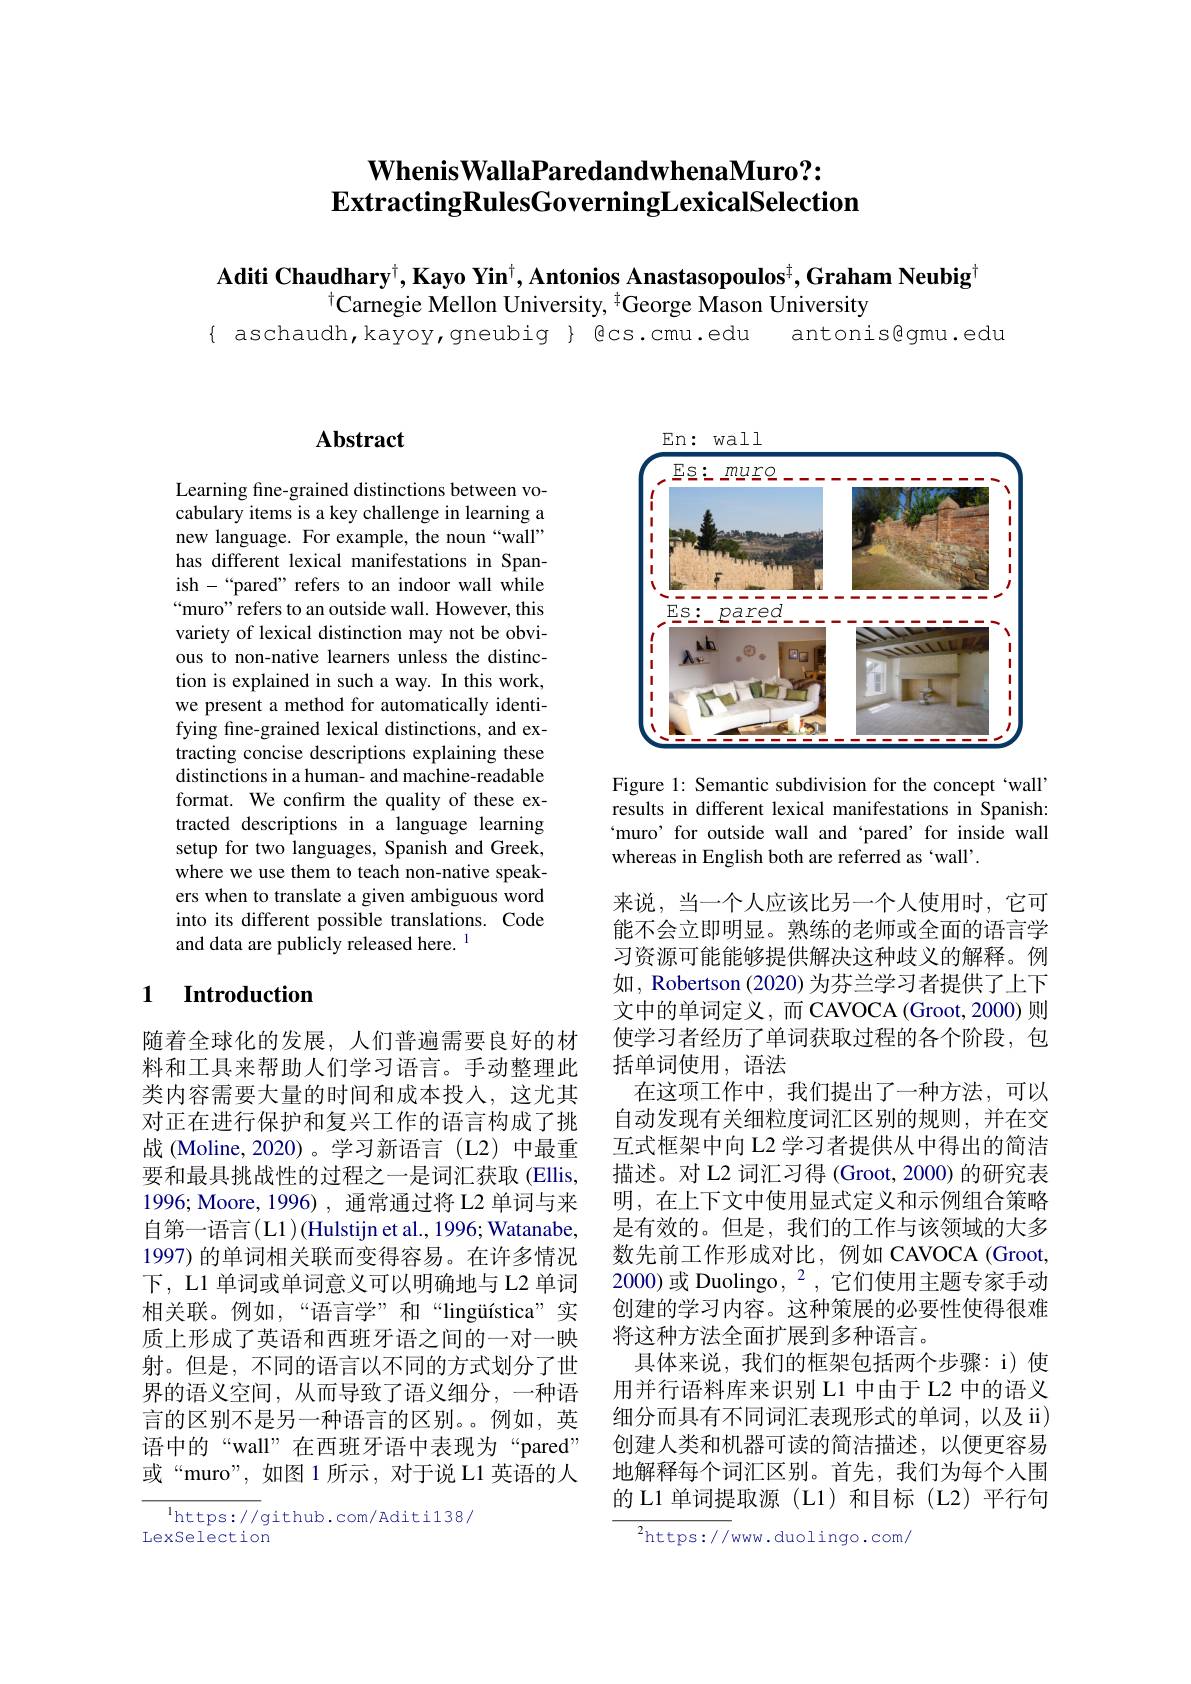
## $\mathbf{WhenisWallaParedandwhenaMuro?:}$ $\textbf{ExtractingRulesGoverningLexicalSelection}$

Aditi Chaudhary$^\dagger,\textbf{Kayo Yin}^\dagger,\textbf{Antonios Anastasopoulos}^\dagger,\textbf{Graham Neubig}^\dagger$
$^{\dagger}$Carnegie Mellon University, $^{\dagger}$George Mason University
{ aschaudh, kayoy, gneubig} { @cs.cmu.edu antonis@gmu.edu

## $\mathbf{Abstract}$

Learning fine-grained distinctions between vocabulary items is a key challenge in learning a new language. For example, the noun “wall” has different lexical manifestations in Spanish-“pared” refers to an indoor wall while “muro” refers to an outside wall. However, this variety of lexical distinction may not be obvious to non-native learners unless the distinction is explained in such a way. In this work, we present a method for automatically identifying fine-grained lexical distinctions, and extracting concise descriptions explaining these distinctions in a human- and machine- readable format. We confirm the quality of these extracted descriptions in a language learning setup for two languages, Spanish and Greek, where we use them to teach non-native speakers when to translate a given ambiguous word into its different possible translations. Code and data are publicly released here. $^{\mathrm{l}}$

## 1 $\textbf{Introduction}$

随着全球化的发展，人们普遍需要良好的材料和工具来帮助人们学习语言。手动整理此类内容需要大量的时间和成本投人，这尤其对正在进行保护和复兴工作的语言构成了挑战 (Moline,2020)。学习新语言 (L2)中最重要和最具挑战性的过程之一是词汇获取(Ellis, 1996; Moore, 1996) , 通常通过将 L2 单词与来自第一语言(L1)(Hulstijn et al., 1996; Watanabe, 1997) 的单词相关联而变得容易。在许多情况下，L1 单词或单词意义可以明确地与 L2 单词相关联。例如，“语言学”和“lingüística”实质上形成了英语和西班牙语之间的一对一映射。但是，不同的语言以不同的方式划分了世界的语义空间，从而导致了语义细分，一种语言的区别不是另一种语言的区别。例如，英语中的“wall”在西班牙语中表现为“pared” 或“muro”,如图 1 所示，对于说 L1 英语的人

$^{1}$https://github.com/Aditi138/
LexSelection

<FigureHere>

Figure 1: Semantic subdivision for the concept `wall' results in different lexical manifestations in Spanish: `muro' for outside wall and‘pared’for inside wall whereas in English both are referred as 'wall'.

来说，当一个人应该比另一个人使用时，它可能不会立即明显。熟练的老师或全面的语言学习资源可能能够提供解决这种歧义的解释。例如，Robertson (2020) 为芬兰学习者提供了上下文中的单词定义，而 CAVOCA (Groot, 2000) 则使学习者经历了单词获取过程的各个阶段，包括单词使用，语法
在这项工作中，我们提出了一种方法，可以自动发现有关细粒度词汇区别的规则，并在交互式框架中向 L2 学习者提供从 中得出的简洁描述。对 L2 词汇习得 (Groot, 2000) 的研究表明，在上下文中使用显式定义和示例组合策略是有效的。但是，我们的工作与该领域的大多数先前工作形成对比，例如 CAVOCA (Groot, 2000)或 Duolingo, $^{2}$,它们使用主题专家手动创建的学习内容。这种策展的必要性使得很难将这种方法全面扩展到多种语言。
具体来说，我们的框架包括两个步骤：i) 使用并行语料库来识别 L1 中由于 L2 中的语义细分而具有不同词汇表现形式的单词，以及 ii) 创建人类和机器可读的简洁描述，以便更容易地解释每个词汇区别。首先，我们为每个人围的 L1 单词提取源 (L1)和目标 (L2)平行句

$^{2}$https://www.duolingo.com/